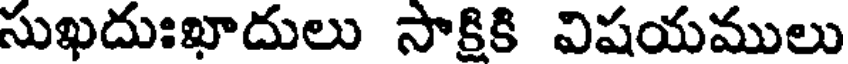
సుఖదుఃఖాదులు సాకికి విషయములు